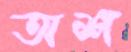
অশ